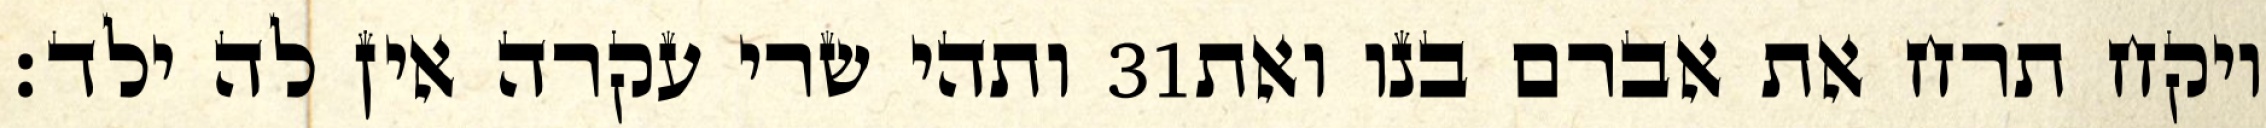
ותהי שרי עקרה אין לה ילד׃ ‎31‏ ויקח תרח את אברם בנו ואת